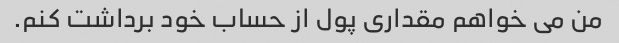
من می خواهم مقداری پول از حساب خود برداشت کنم.